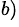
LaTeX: ^{b)}